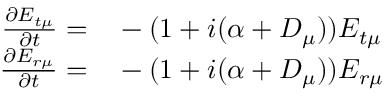
\begin{array} { r l } { \frac { \partial E _ { t \mu } } { \partial t } = } & { { } - ( 1 + i ( \alpha + D _ { \mu } ) ) E _ { t \mu } } \\ { \frac { \partial E _ { r \mu } } { \partial t } = } & { { } - ( 1 + i ( \alpha + D _ { \mu } ) ) E _ { r \mu } } \end{array}